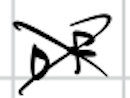
Text: of
Cross-out: cross
Writing tool: digital_black